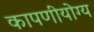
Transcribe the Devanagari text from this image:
कापणीयोग्य